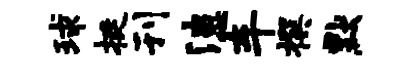
球挺刊漶车撰默